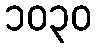
၁၀၃၀